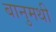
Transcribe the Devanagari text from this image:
बानुमथी